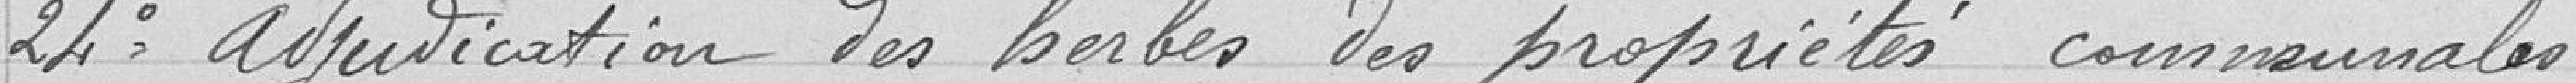
24° Adjudication des herbes des propriétés communales